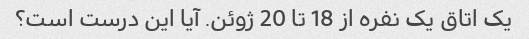
یک اتاق یک نفره از 18 تا 20 ژوئن. آیا این درست است؟